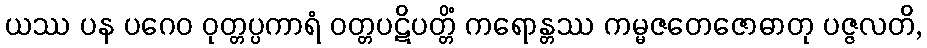
ယဿ ပန ပဂေဝ ဝုတ္တပ္ပကာရံ ဝတ္တပဋိပတ္တိံ ကရောန္တဿ ကမ္မဇတေဇောဓာတု ပဇ္ဇလတိ,